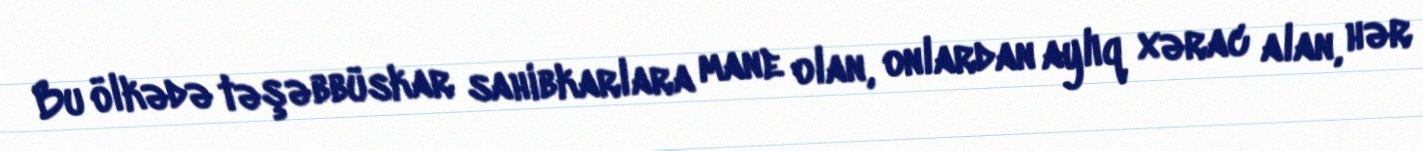
Bu ölkədə təşəbbüskar sahibkarlara mane olan, onlardan aylıq xərac alan, hər